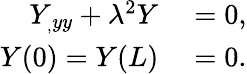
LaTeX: \begin{array}{rl}{Y_{_,yy}+\lambda^{2}Y}&{{}=0,}\\ {Y(0)=Y(L)}&{{}=0.}\end{array}